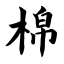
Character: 棉